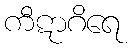
ကီဋာဂိရေ